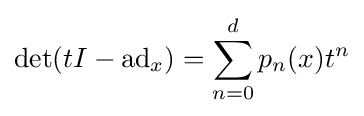
\det(tI-\operatorname {ad} _{x})=\sum _{n=0}^{d}p_{n}(x)t^{n}